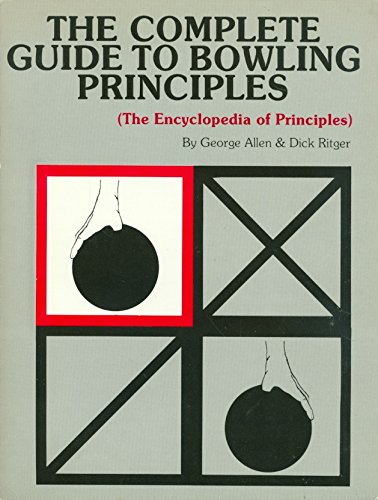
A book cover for The Complete Guide to Bowling Principles ~ The Encyclopedia of Principles; George Allen; Sports & Outdoors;